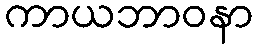
ကာယဘာဝနာ